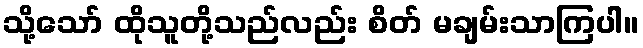
သို့သော် ထိုသူတို့သည်လည်း စိတ် မချမ်းသာကြပါ။